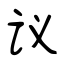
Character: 议